Problem: 90 ÷ 10 = ?
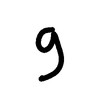
Handwritten answer: 9